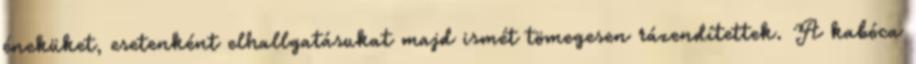
éneküket, esetenként elhallgatásukat majd ismét tömegesen rázendítettek. A kabóca